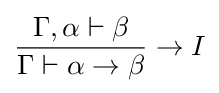
{\frac {\Gamma ,\alpha \vdash \beta }{\Gamma \vdash \alpha \rightarrow \beta }}\rightarrow I